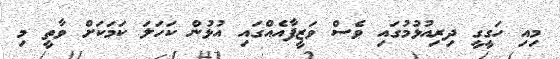
މިއި ހަގީގީ ދިރިއުޅުމުގައި ވެސް ވަޒީފާއެއްގައި އުޅުން ކަހަލަ ކަމަކަށް ވާތީ މި